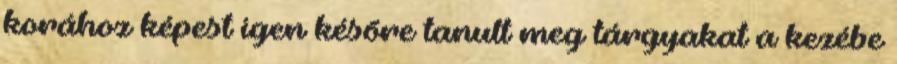
korához képest igen késõre tanult meg tárgyakat a kezébe